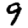
Digit: 9